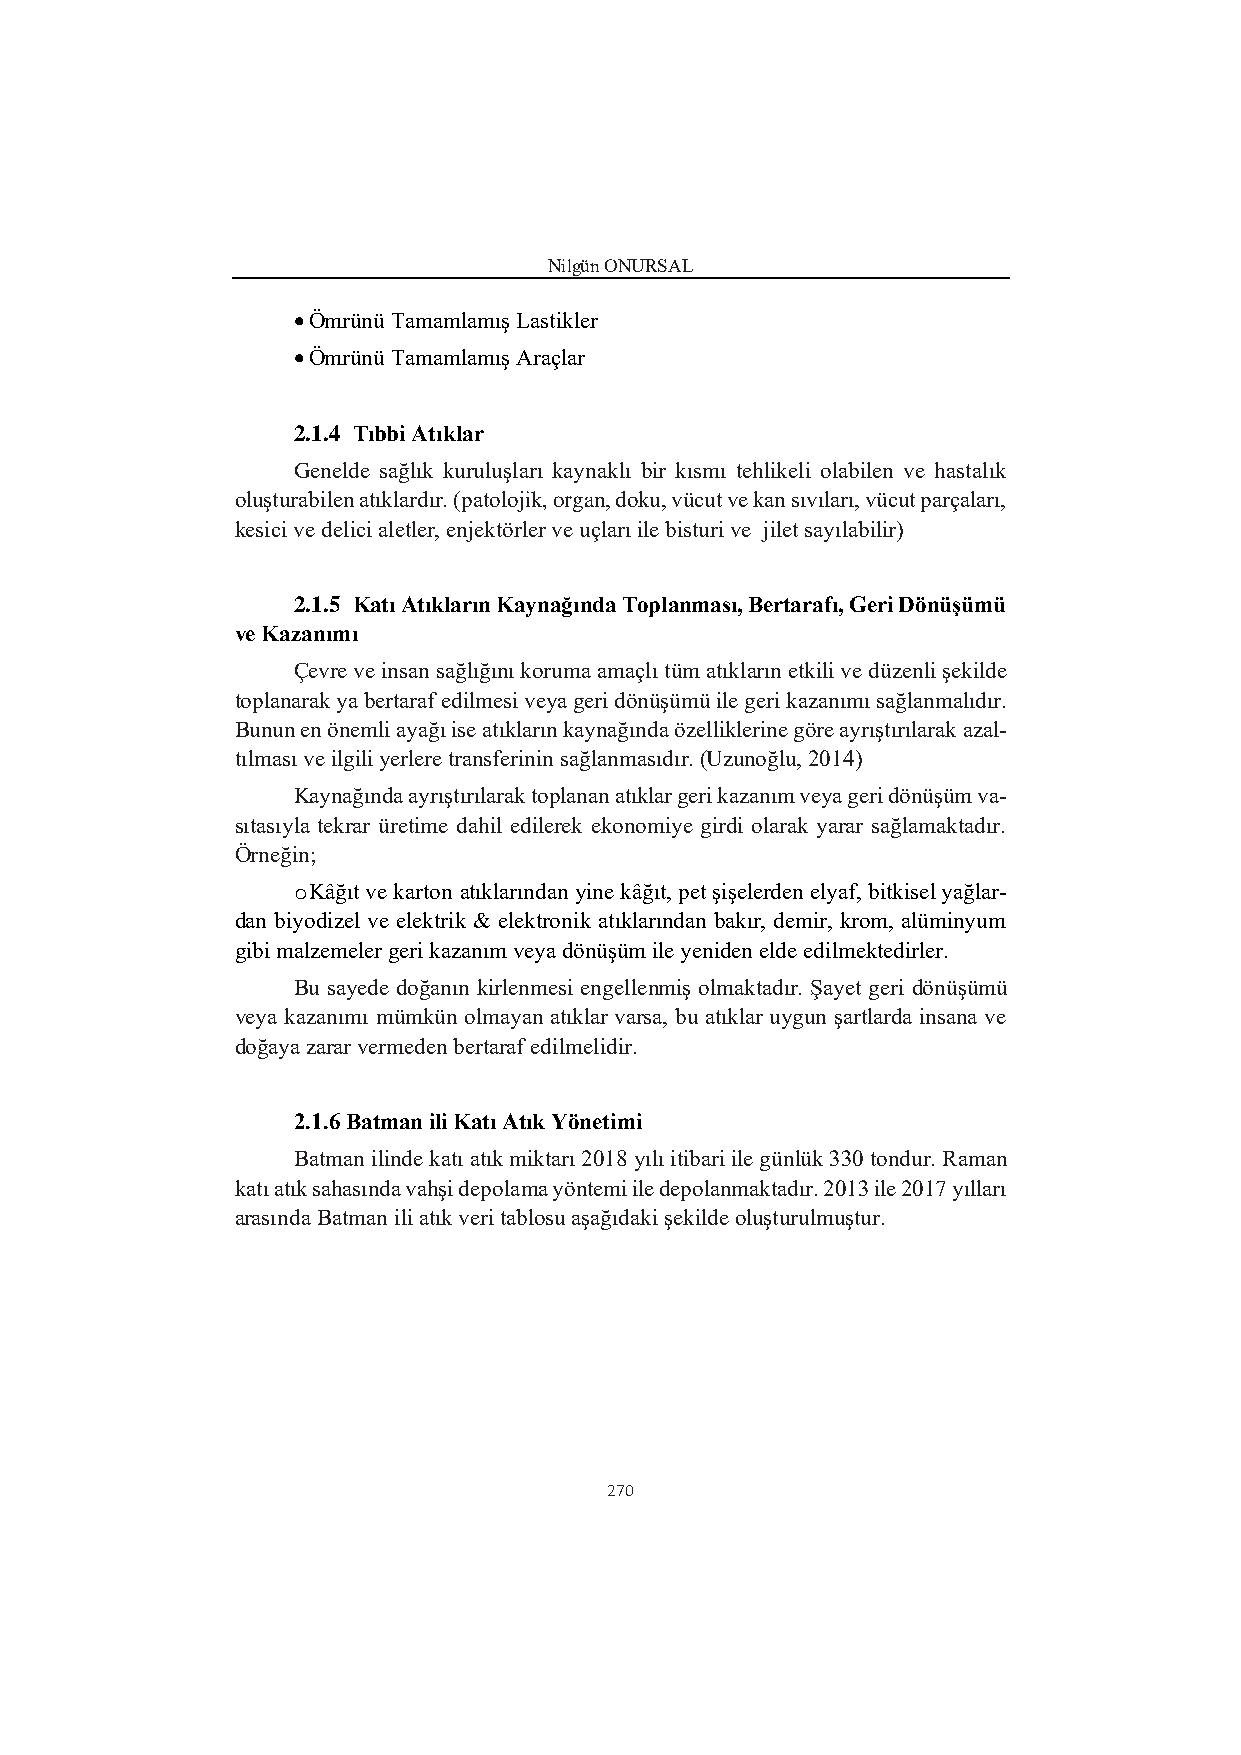
Nilgün ONURSAL
 • Ömrünü Tamamlamış Lastikler
 • Ömrünü Tamamlamış Araçlar
 2.1.4 Tıbbi Atıklar
 Genelde sağlık kuruluşları kaynaklı bir kısmı tehlikeli olabilen ve hastalık
 oluşturabilen atıklardır. (patolojik, organ, doku, vücut ve kan sıvıları, vücut parçaları,
 kesici ve delici aletler, enjektörler ve uçları ile bisturi ve jilet sayılabilir)
 2.1.5 Katı Atıkların Kaynağında Toplanması, Bertarafı, Geri Dönüşümü
 ve Kazanımı
 Çevre ve insan sağlığını koruma amaçlı tüm atıkların etkili ve düzenli şekilde
 toplanarak ya bertaraf edilmesi veya geri dönüşümü ile geri kazanımı sağlanmalıdır.
 Bunun en önemli ayağı ise atıkların kaynağında özelliklerine göre ayrıştırılarak azal-
 tılması ve ilgili yerlere transferinin sağlanmasıdır. (Uzunoğlu, 2014)
 Kaynağında ayrıştırılarak toplanan atıklar geri kazanım veya geri dönüşüm va-
 sıtasıyla tekrar üretime dahil edilerek ekonomiye girdi olarak yarar sağlamaktadır.
 Örneğin;
 o Kâğıt ve karton atıklarından yine kâğıt, pet şişelerden elyaf, bitkisel yağlar-
 dan biyodizel ve elektrik & elektronik atıklarından bakır, demir, krom, alüminyum
 gibi malzemeler geri kazanım veya dönüşüm ile yeniden elde edilmektedirler.
 Bu sayede doğanın kirlenmesi engellenmiş olmaktadır. Şayet geri dönüşümü
 veya kazanımı mümkün olmayan atıklar varsa, bu atıklar uygun şartlarda insana ve
 doğaya zarar vermeden bertaraf edilmelidir.
 2.1.6 Batman ili Katı Atık Yönetimi
 Batman ilinde katı atık miktarı 2018 yılı itibari ile günlük 330 tondur. Raman
 katı atık sahasında vahşi depolama yöntemi ile depolanmaktadır. 2013 ile 2017 yılları
 arasında Batman ili atık veri tablosu aşağıdaki şekilde oluşturulmuştur.
 270